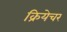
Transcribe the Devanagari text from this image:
क्रियेचर